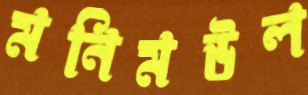
মনিমউল